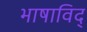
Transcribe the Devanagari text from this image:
भाषाविद्‍